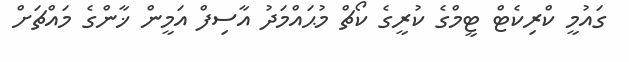
ގައުމީ ކްރިކެޓް ޓީމްގެ ކުރީގެ ކޯޗް މުޙައްމަދު އާސިފް އަމީން ޚާންގެ މައްޗަށް